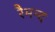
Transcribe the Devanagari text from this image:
रैमन्द